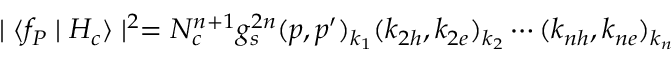
\mid \langle f _ { P } \mid H _ { c } \rangle \mid ^ { 2 } = N _ { c } ^ { n + 1 } g _ { s } ^ { 2 n } ( p , p ^ { \prime } ) _ { k _ { 1 } } ( k _ { 2 h } , k _ { 2 e } ) _ { k _ { 2 } } \cdots ( k _ { n h } , k _ { n e } ) _ { k _ { n } }